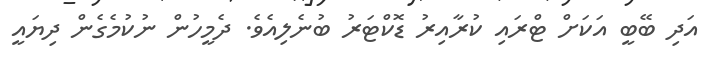
އަދި ބޭބީ އަކަށް ޓްރައި ކުރާއިރު ޑޮކްޓަރު ބުނެލިއެވެ. ދެމީހުން ނުކުމެގެން ދިޔައީ